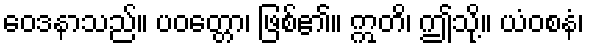
ဝေဒနာသည်။ ပဝတ္တော၊ ဖြစ်၏။ ဣတိ၊ ဤသို့။ ယံဝစနံ၊